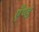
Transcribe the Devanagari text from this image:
एँण्ड